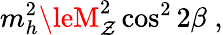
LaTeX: m_{h}^{2}\leM_{\mathcal{Z}}^{2}\cos^{2}2\beta\; ,